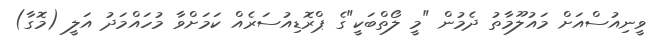
ވީނިއުސްއަށް މައުލޫމާތު ދެމުން "މީ ލޯތްބަކީ"ގެ ޕްރޮޑިއުސަރެއް ކަމަށްވާ މުހައްމަދު އަލީ (މޮގާ)